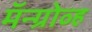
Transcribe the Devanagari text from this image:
मॅन्ग्रोव्ह